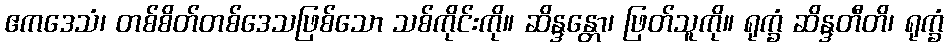
ဧကဒေသံ၊ တစ်စိတ်တစ်ဒေသဖြစ်သော သစ်ကိုင်းကို။ ဆိန္ဒန္တော၊ ဖြတ်သူကို။ ရုက္ခံ ဆိန္ဒတီတိ၊ ရုက္ခံ